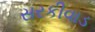
સરકીવાડ